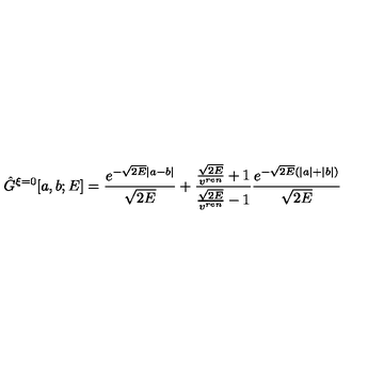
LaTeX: \hat { G } ^ { \xi = 0 } [ a , b ; E ] = \frac { e ^ { - \sqrt { 2 E } | a - b | } } { \sqrt { 2 E } } + \frac { \frac { \sqrt { 2 E } } { v ^ { r e n } } + 1 } { \frac { \sqrt { 2 E } } { v ^ { r e n } } - 1 } \frac { e ^ { - \sqrt { 2 E } ( | a | + | b | ) } } { \sqrt { 2 E } }